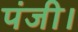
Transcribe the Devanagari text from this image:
पंजी।